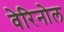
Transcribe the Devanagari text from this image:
वेरिनोल